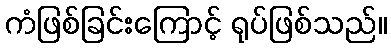
ကံဖြစ်ခြင်းကြောင့် ရုပ်ဖြစ်သည်။